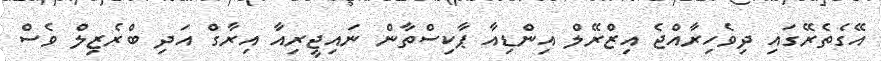
އޭގެތެރޭގައި ދިވެހިރާއްޖެ އިޒްރޭލް އިންޑިއާ ޕާކިސްތާން ނައިޖީރިއާ އިރާގް އަދި ބްރެޒިލް ވެސް